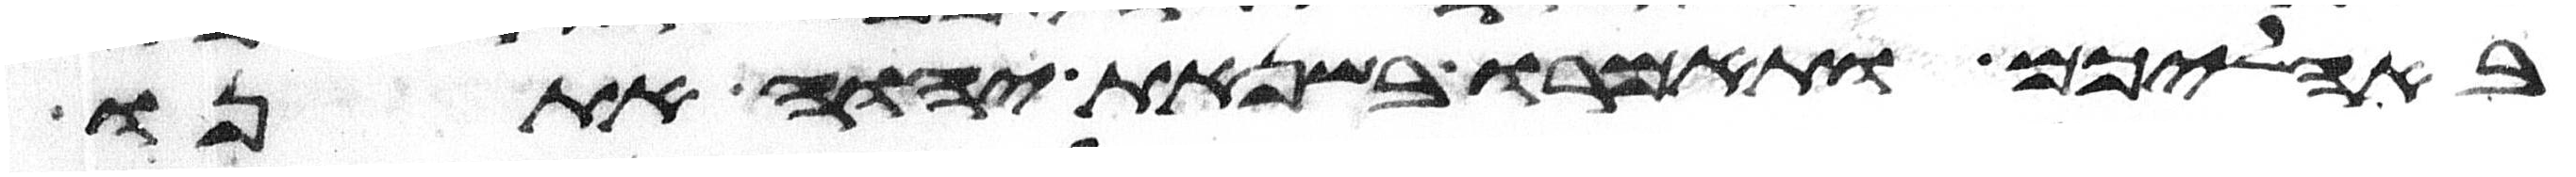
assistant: באהליכם ותאמרו בשנאת יהוה אתנו